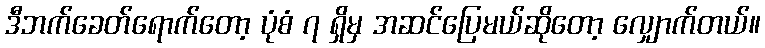
ဒီဘက်ခေတ်ရောက်တော့ ပုံစံ ၇ ရှိမှ အဆင်ပြေမယ်ဆိုတော့ လျှောက်တယ်။